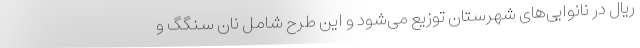
ریال در نانوایی‌های شهرستان توزیع می‌شود و این طرح شامل نان سنگگ و